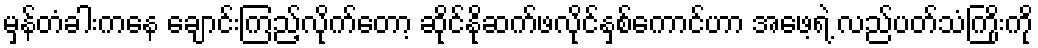
မှန်တံခါးကနေ ချောင်းကြည့်လိုက်တော့ ဆိုင်နိုဆက်ဖလိုင်နှစ်ကောင်ဟာ အဖေ့ရဲ့ လည်ပတ်သံကြိုးကို